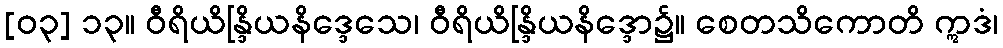
[၀၃] ၁၃။ ဝီရိယိန္ဒြိယနိဒ္ဒေသေ၊ ဝီရိယိန္ဒြိယနိဒ္ဒော၌။ စေတသိကောတိ ဣဒံ၊